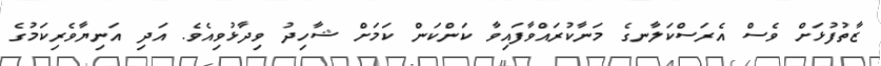
ޒާތުފުޅަށް ވެސް އެރަސްކަލާނގެ މަނާކުރައްވާފައިވާ ކަންކަން ކަމަށް ޝާހިދު ވިދާޅުވިއެވެ. އަދި އަނިޔާވެރިކަމުގެ